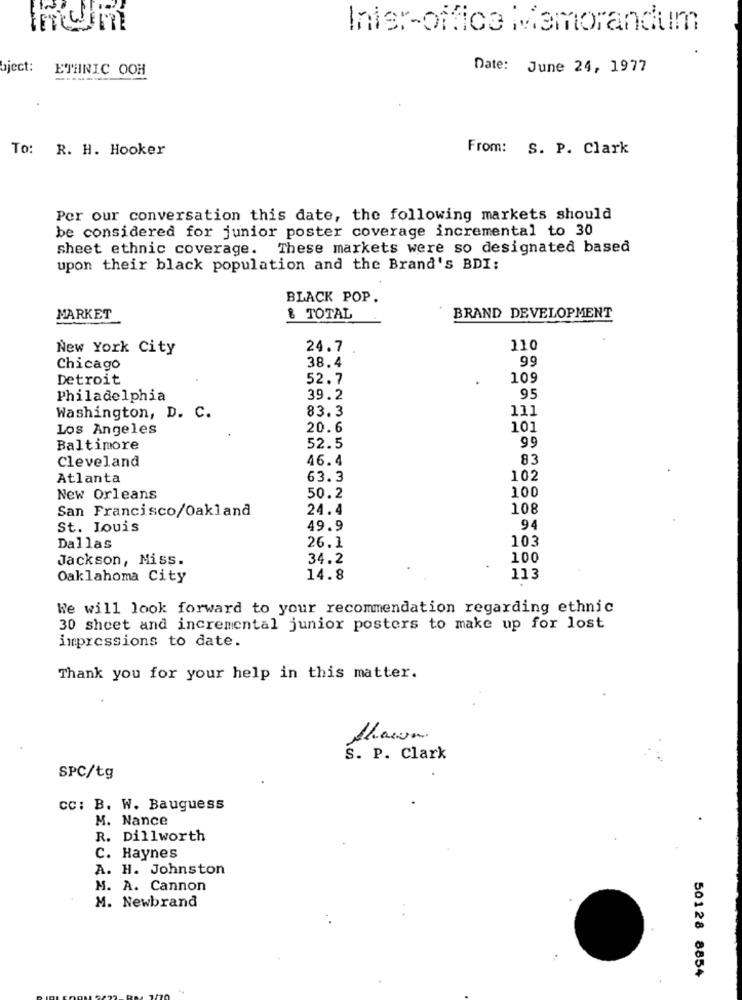
Inis :- office Memorandum
bject:
ETHNIC OOH
Date: June 24, 1977
To: R. H. Hooker
From: S. P. Clark
Per our conversation this date, the following markets should
be considered for junior poster coverage incremental to 30
sheet ethnic coverage. These markets were so designated based
upon their black population and the Brand's BDI:
BLACK POP.
MARKET
& TOTAL
BRAND DEVELOPMENT
New York City
24.7
110
99
Chicago
38.4
Detroit
52.7
109
Philadelphia
39.2
95
83.3
111
Washington, D. C.
Los Angeles
20.6
101
9.9
Baltimore
52.5
Cleveland
46.4
83
Atlanta
63.3
102
100
New Orleans
50.2
San Francisco/Oakland
24.4
108
St. Louis
49.9
94
26.1
103
Dallas
Jackson, Miss.
34.2
100
Oaklahoma City
14.8
113
We will look forward to your recommendation regarding ethnic
30 sheet and incremental junior posters to make up for lost
impressions to date.
Thank you for your help in this matter.
Shawn
S. P. Clark
SPC/tg
CC: B. W. Bauguess
M. Nance
R. Dillworth
C. Haynes
A. H. Johnston
M. A. Cannon
M. Newbrand
50128 8854